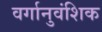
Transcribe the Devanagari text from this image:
वर्गानुवंशिक